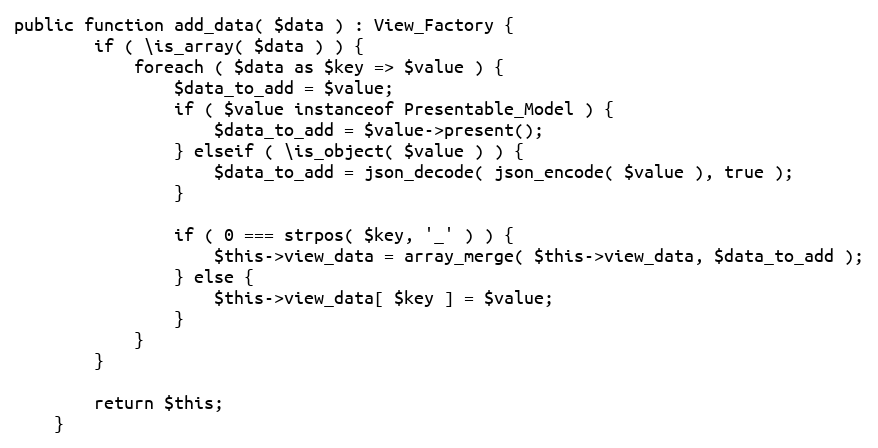
Language: PHP
public function add_data( $data ) : View_Factory {
		if ( \is_array( $data ) ) {
			foreach ( $data as $key => $value ) {
				$data_to_add = $value;
				if ( $value instanceof Presentable_Model ) {
					$data_to_add = $value->present();
				} elseif ( \is_object( $value ) ) {
					$data_to_add = json_decode( json_encode( $value ), true );
				}

				if ( 0 === strpos( $key, '_' ) ) {
					$this->view_data = array_merge( $this->view_data, $data_to_add );
				} else {
					$this->view_data[ $key ] = $value;
				}
			}
		}

		return $this;
	}